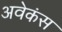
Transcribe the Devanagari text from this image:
अवेकंस